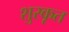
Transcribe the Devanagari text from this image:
शुरकृत